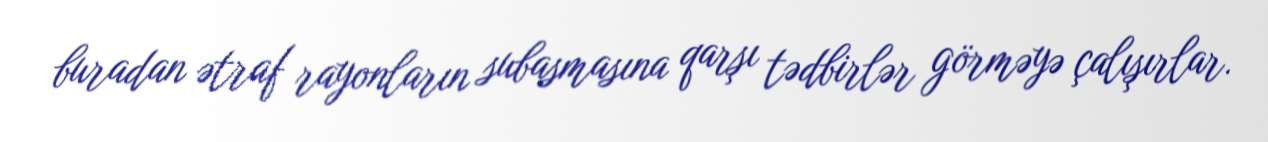
buradan ətraf rayonların subasmasına qarşı tədbirlər görməyə çalışırlar.